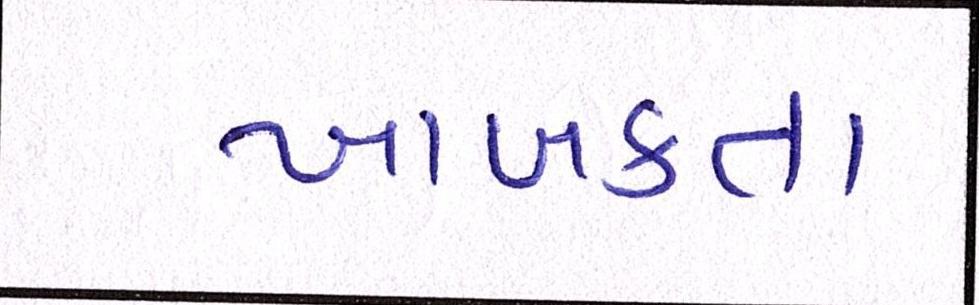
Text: ખાબકતા